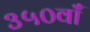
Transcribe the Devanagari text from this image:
३५०वाँ